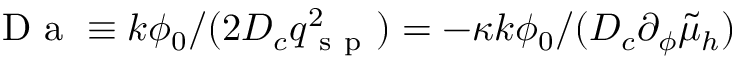
\mathrm { ~ D ~ a ~ } \equiv k \phi _ { 0 } / ( 2 D _ { c } q _ { \mathrm { ~ s ~ p ~ } } ^ { 2 } ) = - \kappa k \phi _ { 0 } / ( D _ { c } \partial _ { \phi } \tilde { \mu } _ { h } )